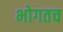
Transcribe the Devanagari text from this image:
भोगतच